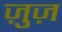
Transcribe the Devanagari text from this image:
ज़ुज़